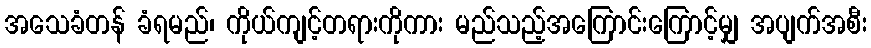
အသေခံတန် ခံရမည်၊ ကိုယ်ကျင့်တရားကိုကား မည်သည့်အကြောင်းကြောင့်မျှ အပျက်အစီး